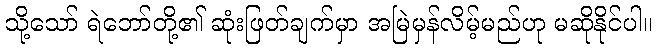
သို့သော် ရဲဘော်တို့၏ ဆုံးဖြတ်ချက်မှာ အမြဲမှန်လိမ့်မည်ဟု မဆိုနိုင်ပါ။